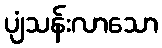
ပျံသန်းလာသော